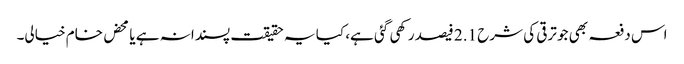
اس دفعہ بھی جو ترقی کی شرح 2.1 فیصد رکھی گئی ہے، کیا یہ حقیقت پسندانہ ہے یا محض خام خیالی۔